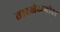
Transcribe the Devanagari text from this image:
तारखेअगोदर